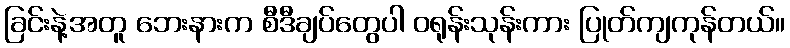
ခြင်းနဲ့အတူ ဘေးနားက စီဒီချပ်တွေပါ ဝရုန်းသုန်းကား ပြုတ်ကျကုန်တယ်။